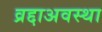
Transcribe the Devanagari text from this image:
व्रद्दाअवस्था